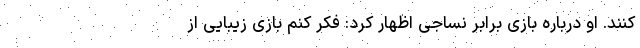
کنند. او درباره بازی برابر نساجی اظهار کرد: فکر کنم بازی زیبایی از